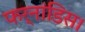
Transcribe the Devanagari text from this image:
फर्नांडिस।